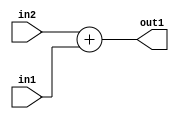
`timescale 1ps / 1ps
/*****************************************************************************
    Verilog RTL Description
    
    
    Created by: CellMath Designer 2019.1.01 
*******************************************************************************/

module fix2float_Add_8Ux8U_8U_4_0 (
	in2,
	in1,
	out1
	); /* architecture "behavioural" */ 
input [7:0] in2,
	in1;
output [7:0] out1;
wire [7:0] asc001;

assign asc001 = 
	+(in2)
	+(in1);

assign out1 = asc001;
endmodule

/* CADENCE  urf5Sww= : u9/ySgnWtBlWxVPRXgAZ4Og= ** DO NOT EDIT THIS LINE ******/